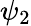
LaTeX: \psi_{2}